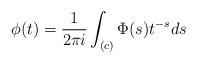
LaTeX: \begin{align*} \phi(t) = \frac{1}{2 \pi i} \int_{(c)} \Phi(s) t^{-s} ds\end{align*}